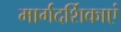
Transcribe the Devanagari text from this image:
मार्गदर्शिकाएं